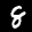
Label: 8